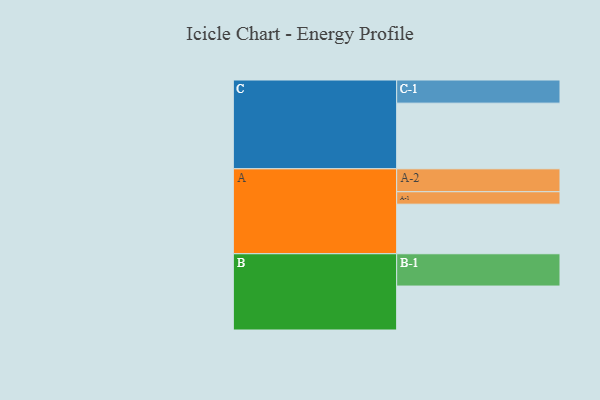
{"axis": {"x": "Segment", "y": "Value"}, "legend": ["", "A", "B", "C"], "data": [{"x": "A", "y": 422, "type": ""}, {"x": "B", "y": 374, "type": ""}, {"x": "C", "y": 559, "type": ""}, {"x": "A-1", "y": 106, "type": "A"}, {"x": "A-2", "y": 195, "type": "A"}, {"x": "B-1", "y": 275, "type": "B"}, {"x": "C-1", "y": 197, "type": "C"}]}